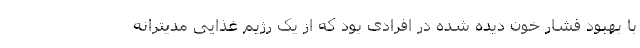
با بهبود فشار خون دیده شده در افرادی بود که از یک رژیم غذایی مدیترانه